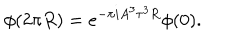
\phi ( 2 \pi R ) = e ^ { - \pi i A ^ { 3 } \tau ^ { 3 } R } \phi ( 0 ) .